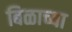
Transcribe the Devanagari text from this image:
बिळाच्या